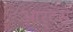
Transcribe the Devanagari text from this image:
आर्टस्‌